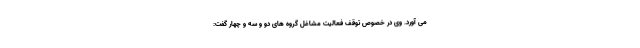
می آورد. وی در خصوص توقف فعالیت مشاغل گروه های دو و سه و چهار گفت: